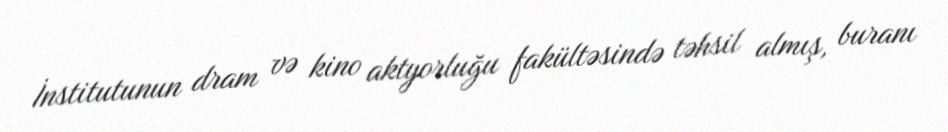
İnstitutunun dram və kino aktyorluğu fakültəsində təhsil almış, buranı